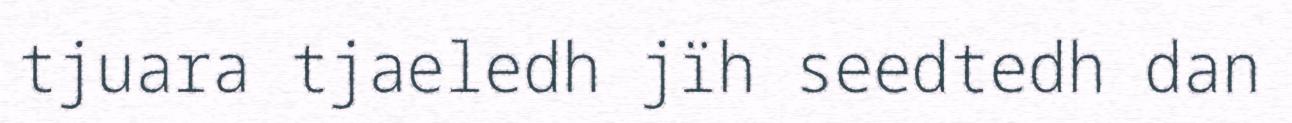
tjuara tjaeledh jïh seedtedh dan